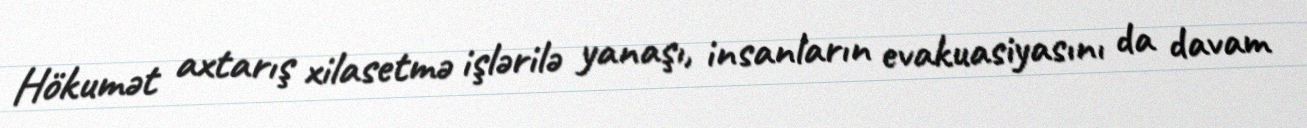
Hökumət axtarış xilasetmə işlərilə yanaşı, insanların evakuasiyasını da davam